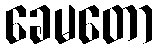
ခေမတော